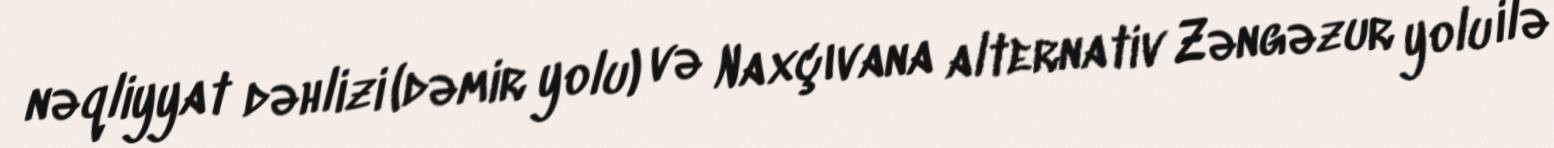
nəqliyyat dəhlizi (dəmir yolu) və Naxçıvana alternativ Zəngəzur yolu ilə